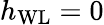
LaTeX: h_{\mathrm{WL}}=0